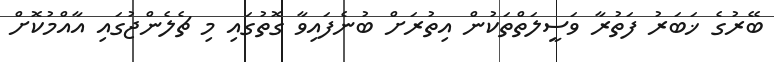
ބޭރުގެ ޚަބަރު ފަތުރާ ވަސީލަތްތަކުން އިތުރަށް ބުނެފައިވާ ގޮތުގައި މި ޗެލެންޖުގައި އާއްމުކޮށް